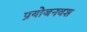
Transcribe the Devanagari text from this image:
प्रयोजनवश